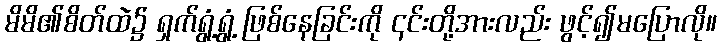
မိမိ၏စိတ်ထဲ၌ ရှက်ရွံ့ရွံ့ ဖြစ်နေခြင်းကို ၎င်းတို့အားလည်း ဖွင့်၍မပြောလို။